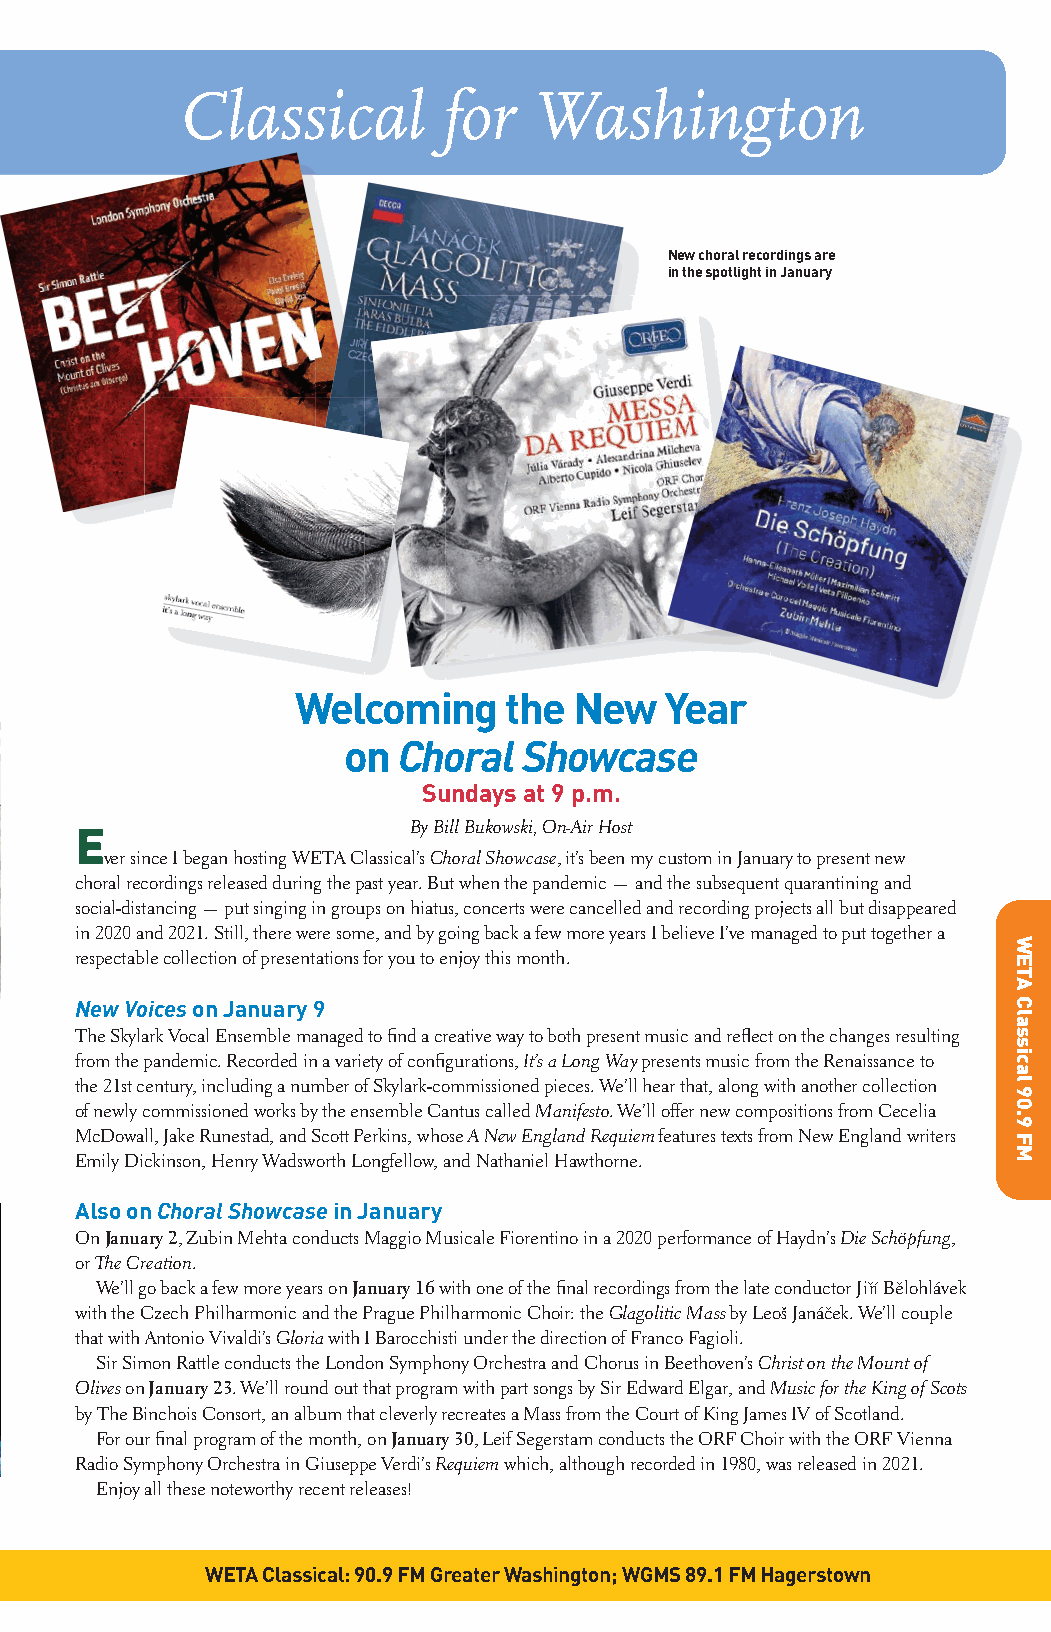
CCllaassssiiccaall ffoorr WWaasshhiinnggttoonn
 New choral recordings are
 in the spotlight in January
 WWWWWWeeeeeellllllccccccoooooommmmmmiiiiiinnnnnngggggg tttttthhhhhheeeeee NNNNNNeeeeeewwwwww YYYYYYeeeeeeaaaaaarrrrrr
 on  Choral  Showcase
 Sundays at 9 p.m.
 E                     By Bill Bukowski, On-Air Host
 ver since I began hosting WETA Classical’s Choral Showcase, it’s been my custom in January to present new
 choral recordings released during the past year. But when the pandemic — and the subsequent quarantining and
 social-distancing — put singing in groups on hiatus, concerts were cancelled and recording projects all but disappeared
 in 2020 and 2021. Still, there were some, and by going back a few more years I believe I’ve managed to put together a
 respectable collection of presentations for you to enjoy this month.
 New Voices on January 9
 The Skylark Vocal Ensemble managed to fi nd a creative way to both present music and refl ect on the changes resulting
 from the pandemic. Recorded in a variety of confi gurations, It’s a Long Way presents music from the Renaissance to
 the 21st century, including a number of Skylark-commissioned pieces. We’ll hear that, along with another collection
 of newly commissioned works by the ensemble Cantus called Manifesto. We’ll offer new compositions from Cecelia
 McDowall, Jake Runestad, and Scott Perkins, whose A New England Requiem features texts from New England writers
 Emily Dickinson, Henry Wadsworth Longfellow, and Nathaniel Hawthorne.
 Also on Choral Showcase in January
 On January 2, Zubin Mehta conducts Maggio Musicale Fiorentino in a 2020 performance of Haydn’s Die Schöpfung,
 or The Creation.
 We’ll go back a few more years on January 16 with one of the fi nal recordings from the late conductor Jirˇí Beˇlohlávek
 with the Czech Philharmonic and the Prague Philharmonic Choir: the Glagolitic Mass by Leoš Janácˇek. We’ll couple
 that with Antonio Vivaldi’s Gloria with I Barocchisti under the direction of Franco Fagioli.
 Sir Simon Rattle conducts the London Symphony Orchestra and Chorus in Beethoven’s Christ on the Mount of
 Olives on January 23. We’ll round out that program with part songs by Sir Edward Elgar, and Music for the King of Scots
 by The Binchois Consort, an album that cleverly recreates a Mass from the Court of King James IV of Scotland.
 For our fi nal program of the month, on January 30, Leif Segerstam conducts the ORF Choir with the ORF Vienna
 Radio Symphony Orchestra in Giuseppe Verdi’s Requiem which, although recorded in 1980, was released in 2021.
 Enjoy all these noteworthy recent releases!
 VivaLaVoce on vivalavoce.org Stream audio at weta.org/fm WETA Classical: 90.9 FM Greater Washington; WGMS 89.1 FM Hagerstown
 alt_C2-00-00-C4_WETA_JAN22.indd 3                            12/16/21 2:04 PM
 WETA
 Classical
 90.9
 FM